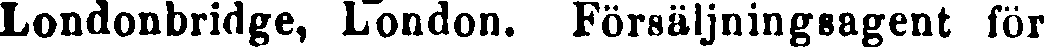
Londonbridge, London. Försäljningsagent för